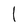
Character: l